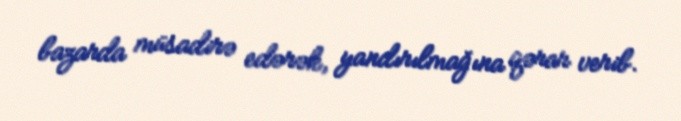
bazarda müsadirə edərək, yandırılmağına qərar verib.